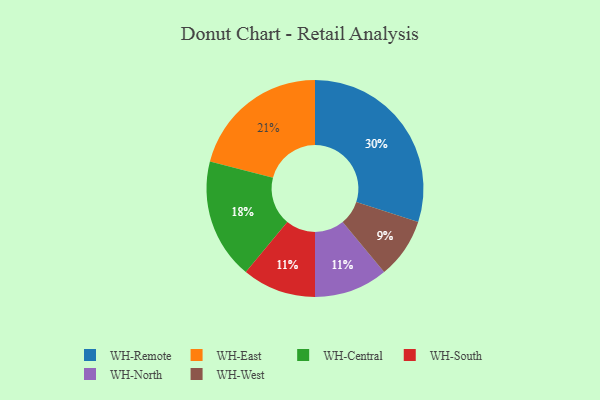
{"axis": {"x": "Category", "y": "Percentage"}, "legend": ["WH-Central", "WH-East", "WH-North", "WH-Remote", "WH-South", "WH-West"], "data": [{"x": "WH-South", "y": 11, "type": "WH-South"}, {"x": "WH-Remote", "y": 30, "type": "WH-Remote"}, {"x": "WH-West", "y": 9, "type": "WH-West"}, {"x": "WH-East", "y": 21, "type": "WH-East"}, {"x": "WH-North", "y": 11, "type": "WH-North"}, {"x": "WH-Central", "y": 18, "type": "WH-Central"}]}